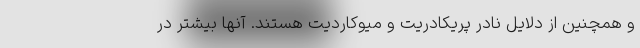
و همچنین از دلایل نادر پریکادریت و میوکاردیت هستند. آنها بیشتر در